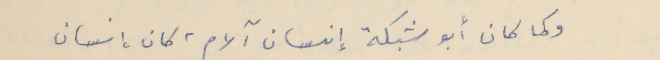
وكما كان أبو شبكة إنسان آلام،" كان إنسان